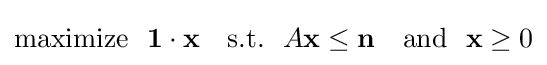
{\text{maximize}}~~\mathbf {1} \cdot \mathbf {x} ~~~{\text{s.t.}}~~A\mathbf {x} \leq \mathbf {n} ~~~{\text{and}}~~\mathbf {x} \geq 0